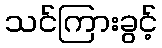
သင်ကြားခွင့်